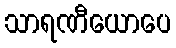
သာရဏီယောပေ